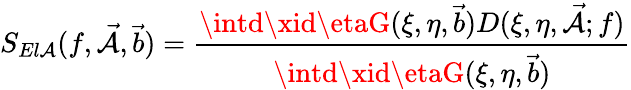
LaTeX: S_{El\mathcal{A}}(f,\vec{{\mathcal{A}}},\vec{{b}})=\frac{{\intd\xid\etaG(\xi,\eta,\vec{{b}})D(\xi,\eta,\vec{{\mathcal{A}}};f)}}{{\intd\xid\etaG(\xi,\eta,\vec{{b}})}}